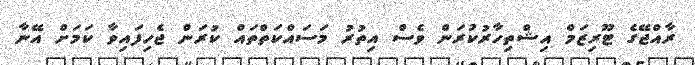
ރާއްޖޭގެ ޓޫރިޒަމް އިޝްތިހާރުކުރަން ވެސް އިތުރު މަސައްކަތްތައް ކުރަން ޖެހިފައިވާ ކަމަށް އޭނާ